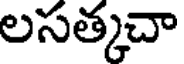
లసత్కచా